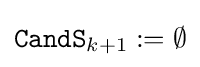
{\mathtt {CandS}}_{k+1}:=\emptyset